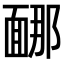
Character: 𩈩